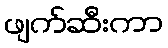
ဖျက်ဆီးကာ